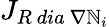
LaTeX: {J}_{R\ dia\ \nabla\mathbb{N}_{i}}